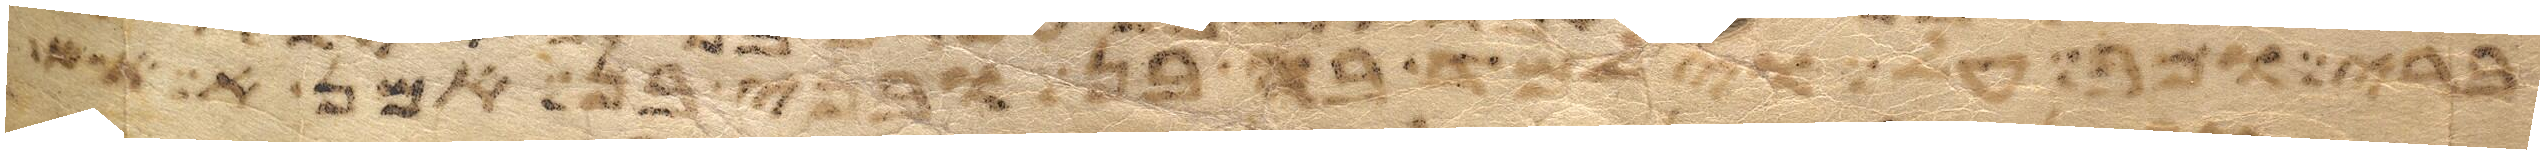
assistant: יביט ומדוע לא יראתם לדבר בעבדי במשה